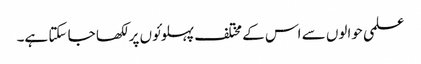
علمی حوالوں سے اس کے مختلف پہلوئوں پر لکھا جا سکتا ہے۔